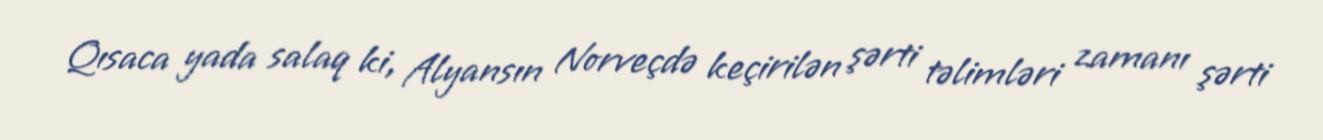
Qısaca yada salaq ki, Alyansın Norveçdə keçirilən şərti təlimləri zamanı şərti